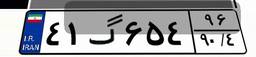
۱۲گ۹۹۳۰۹